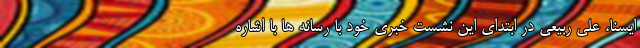
ایسنا، علی ربیعی در ابتدای این نشست خبری خود با رسانه ها با اشاره